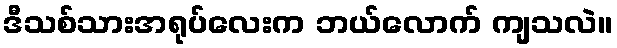
ဒီသစ်သားအရုပ်လေးက ဘယ်လောက် ကျသလဲ။